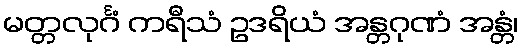
မတ္တလုင်္ဂံ ကရီသံ ဥဒရိယံ အန္တဂုဏံ အန္တံ၊